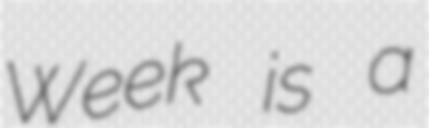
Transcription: Week is a